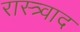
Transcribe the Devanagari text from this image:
रास्त्र्वाद